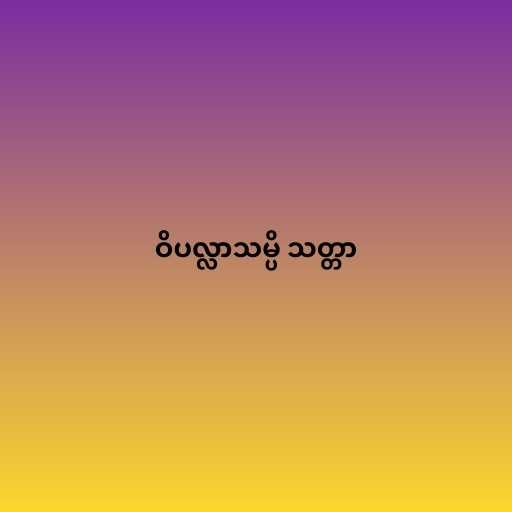
ဝိပလ္လာသမ္ပိ သတ္တာ